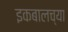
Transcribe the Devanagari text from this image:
इकबालच्या